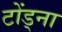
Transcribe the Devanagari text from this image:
टोंड्ना